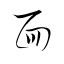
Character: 面